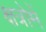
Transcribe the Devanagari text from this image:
क्षत्रोमें